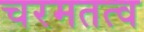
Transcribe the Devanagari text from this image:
चरमतत्व